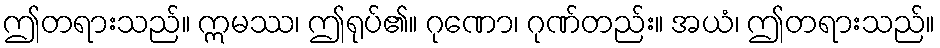
ဤတရားသည်။ ဣမဿ၊ ဤရုပ်၏။ ဂုဏော၊ ဂုဏ်တည်း။ အယံ၊ ဤတရားသည်။